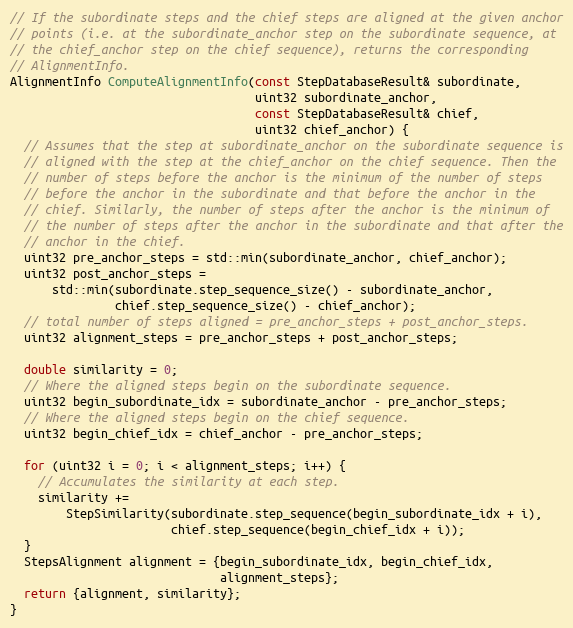
Language: C++
// If the subordinate steps and the chief steps are aligned at the given anchor
// points (i.e. at the subordinate_anchor step on the subordinate sequence, at
// the chief_anchor step on the chief sequence), returns the corresponding
// AlignmentInfo.
AlignmentInfo ComputeAlignmentInfo(const StepDatabaseResult& subordinate,
                                   uint32 subordinate_anchor,
                                   const StepDatabaseResult& chief,
                                   uint32 chief_anchor) {
  // Assumes that the step at subordinate_anchor on the subordinate sequence is
  // aligned with the step at the chief_anchor on the chief sequence. Then the
  // number of steps before the anchor is the minimum of the number of steps
  // before the anchor in the subordinate and that before the anchor in the
  // chief. Similarly, the number of steps after the anchor is the minimum of
  // the number of steps after the anchor in the subordinate and that after the
  // anchor in the chief.
  uint32 pre_anchor_steps = std::min(subordinate_anchor, chief_anchor);
  uint32 post_anchor_steps =
      std::min(subordinate.step_sequence_size() - subordinate_anchor,
               chief.step_sequence_size() - chief_anchor);
  // total number of steps aligned = pre_anchor_steps + post_anchor_steps.
  uint32 alignment_steps = pre_anchor_steps + post_anchor_steps;

  double similarity = 0;
  // Where the aligned steps begin on the subordinate sequence.
  uint32 begin_subordinate_idx = subordinate_anchor - pre_anchor_steps;
  // Where the aligned steps begin on the chief sequence.
  uint32 begin_chief_idx = chief_anchor - pre_anchor_steps;

  for (uint32 i = 0; i < alignment_steps; i++) {
    // Accumulates the similarity at each step.
    similarity +=
        StepSimilarity(subordinate.step_sequence(begin_subordinate_idx + i),
                       chief.step_sequence(begin_chief_idx + i));
  }
  StepsAlignment alignment = {begin_subordinate_idx, begin_chief_idx,
                              alignment_steps};
  return {alignment, similarity};
}